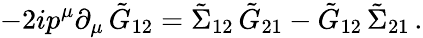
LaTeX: -2ip^{\mu}\partial_{\mu}\, \tilde{G}_{12}=\tilde{\Sigma}_{12}\, \tilde{G}_{21}-\tilde{G}_{12}\, \tilde{\Sigma}_{21}\, .